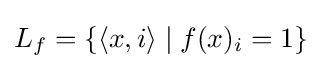
L_{f}=\left\{\langle x,i\rangle \mid f(x)_{i}=1\right\}